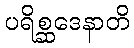
ပရိစ္ဆဒေနာတိ